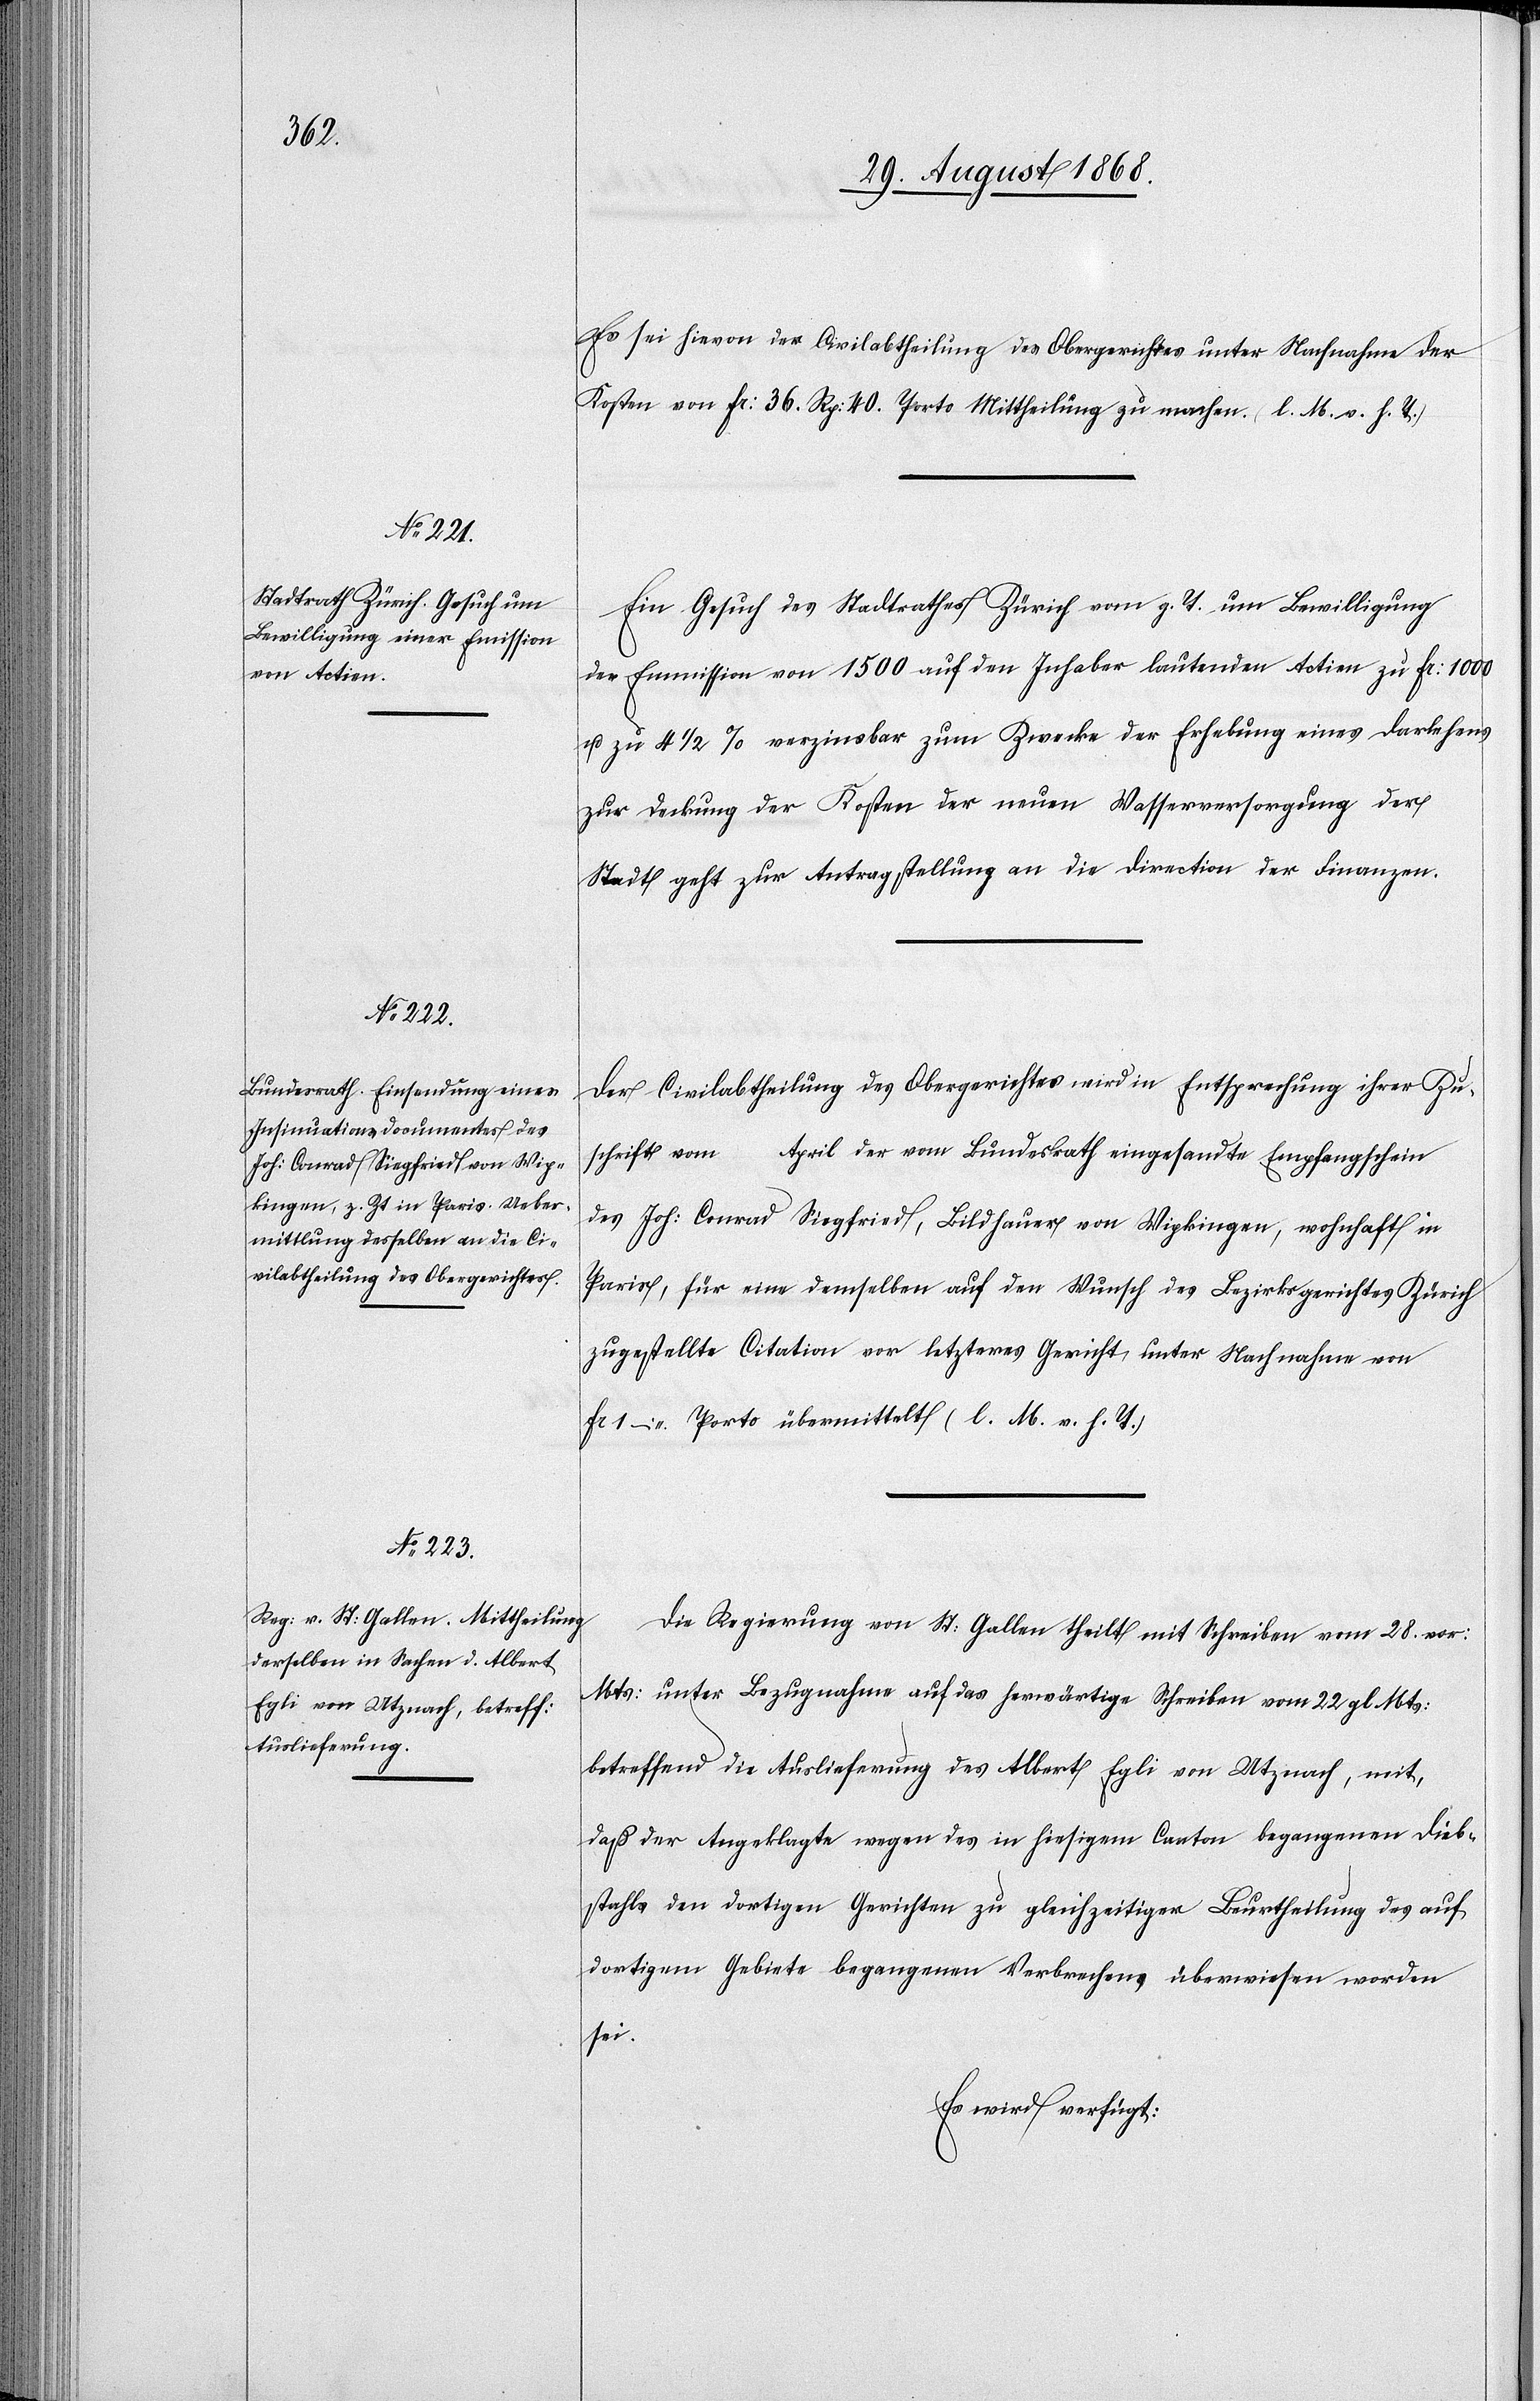
Es sei hievon der Civilabtheilung des Obergerichtes unter Nachnahme der
Kosten von Fr: 36. Rp: 40. Porto Mittheilung zu machen. (l. M. v. h. T.)
Ein Gesuch des Stadtrathes Zürich vom g. T. um Bewilligung
der Emmission von 1500 auf den Inhaber lautenden Actien zu Fr: 1000
u. zu 4 1/2 % verzinsbar zum Zwecke der Erhebung eines Darlehens
zur Deckung der Kosten der neuen Wasserversorgung der
Stadt geht zur Antragstellung an die Direction der Finanzen.
Der Civilabtheilung des Obergerichtes wird in Entsprechung ihrer Zu¬
schrift vom … April der vom Bundesrath eingesandte Empfangschein
des Joh: Conrad Siegfried, Bildhauer von Wipkingen, wohnhaft in
Paris, für eine demselben auf den Wunsch des Bezirksgerichtes Zürich
zugestellte Citation vor letzteres Gericht, unter Nachnahme von
Fr 1 – Porto übermittelt (l. M. v. h. T.)
Die Regierung von St: Gallen theilt mit Schreiben vom 28. vor:
Mts: unter Bezugnahme auf das herwärtige Schreiben vom 22. gl. Mts:
betreffend die Auslieferung des Albert Egli von Utznach, mit,
daß der Angeklagte wegen des in hiesigem Canton begangenen Dieb¬
stahls den dortigen Gerichten zu gleichzeitiger Beurtheilung des auf
dortigem Gebiete begangenen Verbrechens überwiesen worden
sei.
Es wird verfügt: